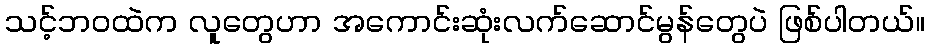
သင့်ဘဝထဲက လူတွေဟာ အကောင်းဆုံးလက်ဆောင်မွန်တွေပဲ ဖြစ်ပါတယ်။